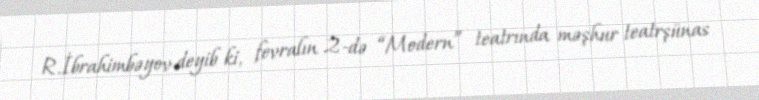
R.İbrahimbəyov deyib ki, fevralın 2-də “Modern” teatrında məşhur teatrşünas